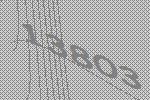
13803